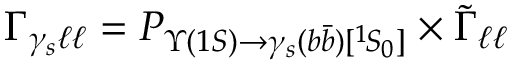
{ \Gamma } _ { \gamma _ { s } \ell \ell } = { \cal P } _ { \Upsilon ( 1 S ) { \rightarrow } \gamma _ { s } ( b \bar { b } ) [ { } ^ { 1 } \! S _ { 0 } ] } \times \tilde { \Gamma } _ { \ell \ell }